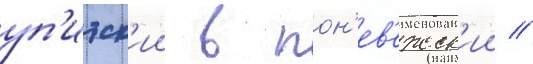
уп'итск'ии в пон'ев'ежск'ии //